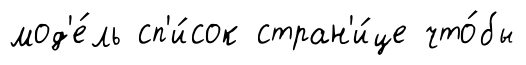
мод'е́ль сп'и́сок стран'и́це что́бы